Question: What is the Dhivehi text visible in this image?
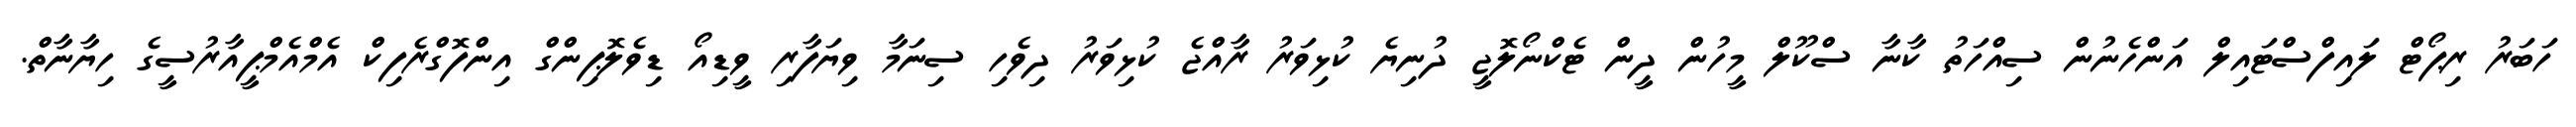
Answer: ހަބަރު ރިޕޯޓް ލައިފްސްޓައިލް އަންހެނުން ސިއްހަތު ކާނާ ސްކޫލް މީހުން ދީން ޓެކްނޯލޮޖީ ދުނިޔެ ކުޅިވަރު ރާއްޖެ ކުޅިވަރު ދިވެހި ސިނަމާ ވިޔަފާރި ވީޑިއޯ ޑިވެލޮޕިންގް އިންފޮގްރެފިކް އެމްއެމްޕީއާރުސީގެ ހިޔާނާތް.